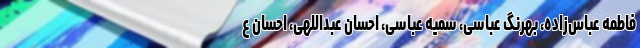
فاطمه عباس‌زاده، بهرنگ عباسی، سمیه عباسی، احسان عبداللهی، احسان ع